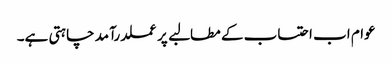
عوام اب احتساب کے مطالبے پر عملدرآمد چاہتی ہے۔